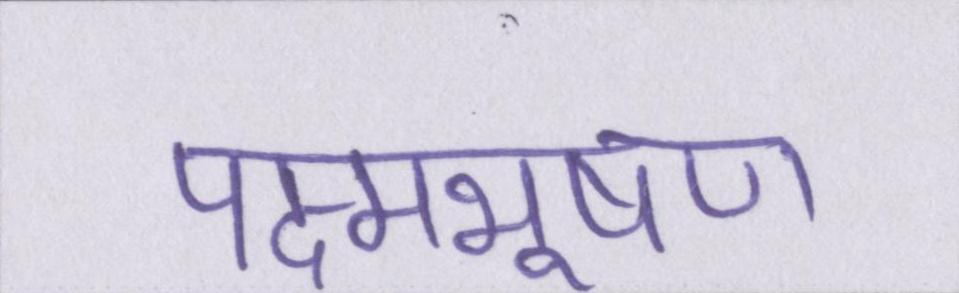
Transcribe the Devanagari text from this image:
पद्मभूषण